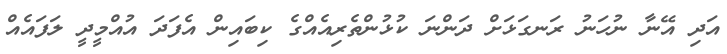
އަދި އޭނާ ނުހަނު ރަނގަޅަށް ދަންނަ ކުޅުންތެރިއެއްގެ ކިބައިން އެފަދަ އުއްމީދީ ލަފައެއް